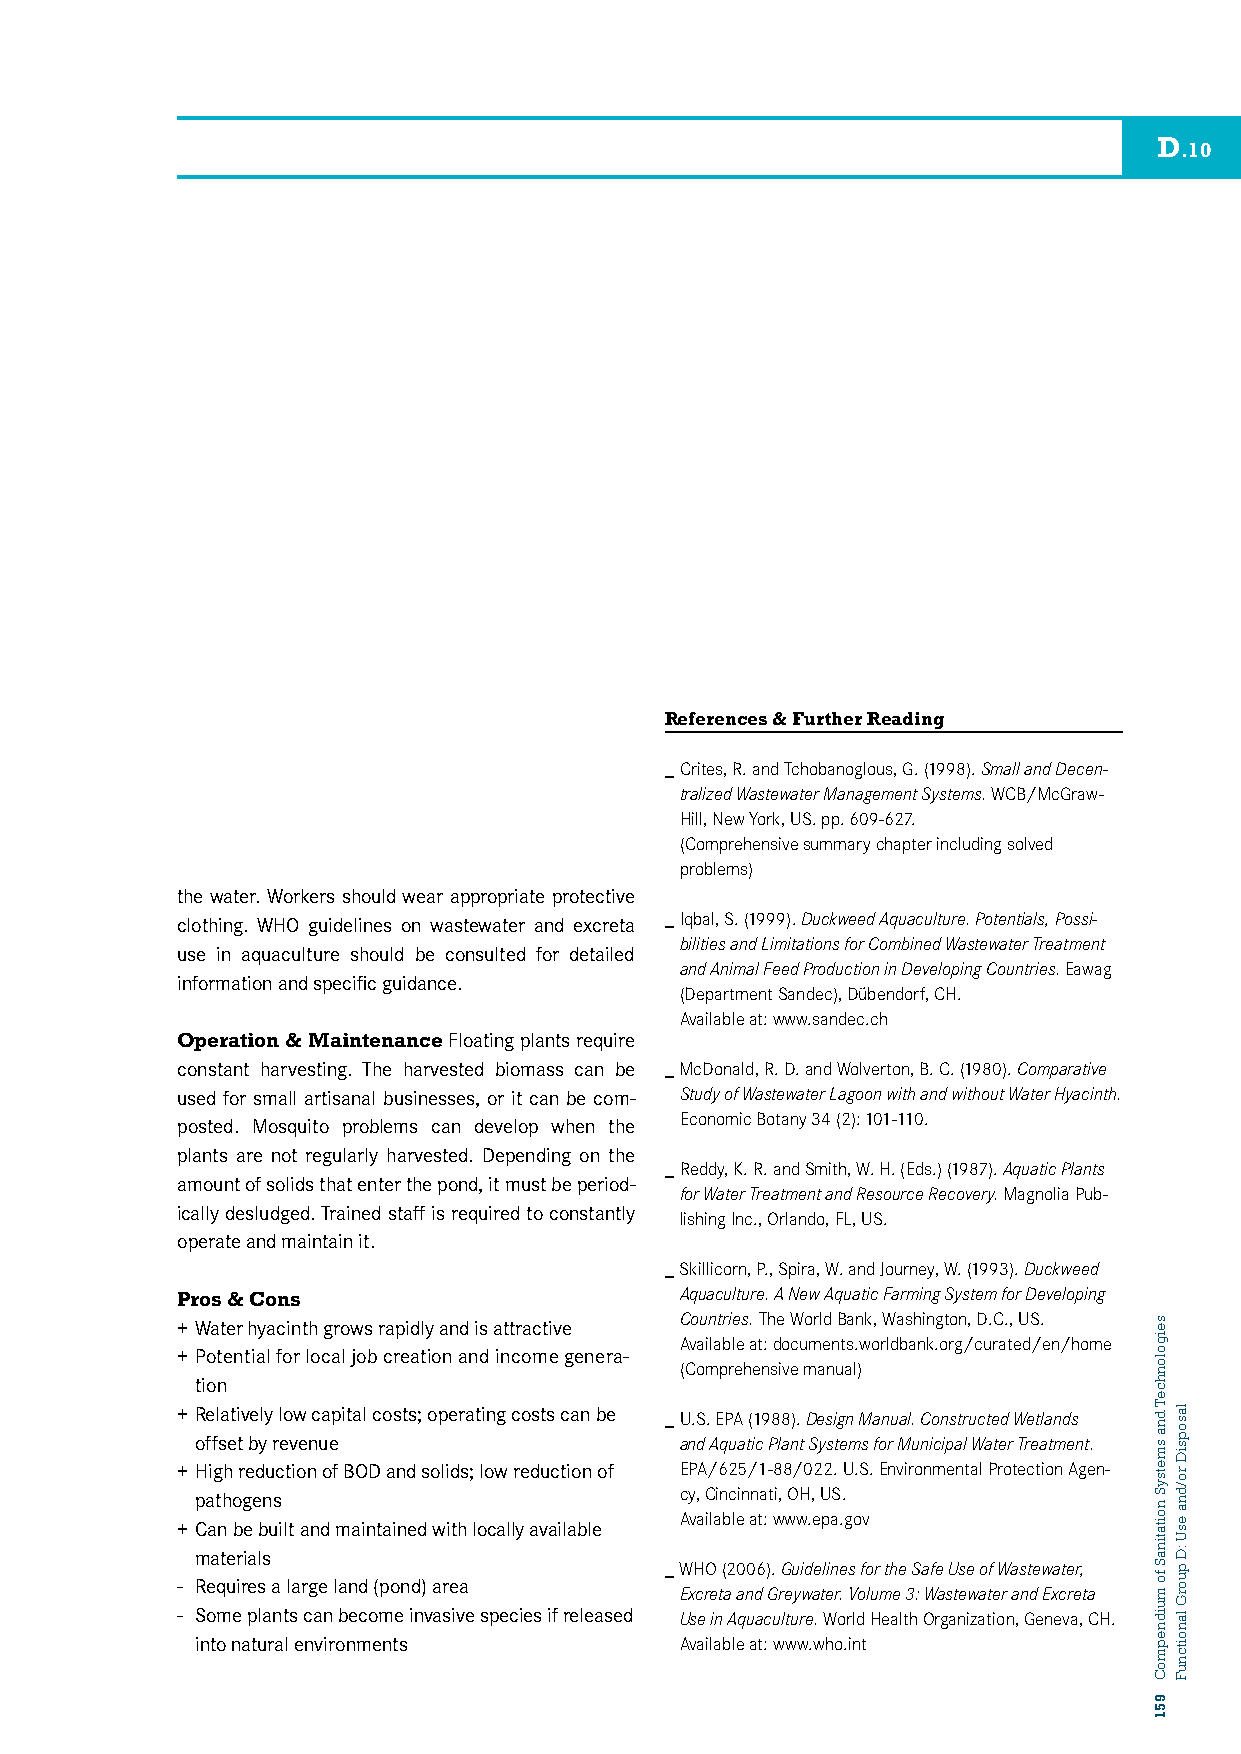
D
 .10
 References & Further Reading
 _ Crites, R. and Tchobanoglous, G. (1998). Small and Decen-
 tralized Wastewater Management Systems. WCB/McGraw-
 Hill, New York, US. pp. 609-627.
 (Comprehensive summary chapter including solved
 problems)
 the water. Workers should wear appropriate protective
 clothing. WHO guidelines on wastewater and excreta _ Iqbal, S. (1999). Duckweed Aquaculture. Potentials, Possi-
 bilities and Limitations for Combined Wastewater Treatment
 use in aquaculture should be consulted for detailed
 and Animal Feed Production in Developing Countries. Eawag
 information and specific guidance.
 (Department Sandec), Dübendorf, CH.
 Available at: www.sandec.ch
 Operation & Maintenance Floating plants require
 constant harvesting. The harvested biomass can be _ McDonald, R. D. and Wolverton, B. C. (1980). Comparative
 used for small artisanal businesses, or it can be com- Study of Wastewater Lagoon with and without Water Hyacinth.
 Economic Botany 34 (2): 101-110.
 posted. Mosquito problems can develop when the
 plants are not regularly harvested. Depending on the
 _ Reddy, K. R. and Smith, W. H. (Eds.) (1987). Aquatic Plants
 amount of solids that enter the pond, it must be period-
 for Water Treatment and Resource Recovery. Magnolia Pub-
 ically desludged. Trained staff is required to constantly
 lishing Inc., Orlando, FL, US.
 operate and maintain it.
 _ Skillicorn, P., Spira, W. and Journey, W. (1993). Duckweed
 Pros & Cons                      Aquaculture. A New Aquatic Farming System for Developing
 Countries. The World Bank, Washington, D.C., US. + Water hyacinth grows rapidly and is attractive
 Available at: documents.worldbank.org/curated/en/home
 + Potential for local job creation and income genera-
 (Comprehensive manual)
 tion
 + Relatively low capital costs; operating costs can be _ U.S. EPA (1988). Design Manual. Constructed Wetlands
 offset by revenue               and Aquatic Plant Systems for Municipal Water Treatment.
 + High reduction of BOD and solids; low reduction of EPA/625/1-88/022. U.S. Environmental Protection Agen-
 pathogens                       cy, Cincinnati, OH, US.
 Available at: www.epa.gov + Can be built and maintained with locally available
 materials
 _ WHO (2006). Guidelines for the Safe Use of Wastewater,
 - Requires a large land (pond) area
 Excreta and Greywater. Volume 3: Wastewater and Excreta
 - Some plants can become invasive species if released Use in Aquaculture. World Health Organization, Geneva, CH.
 into natural environments       Available at: www.who.int
 seigolonhceT
 dna
 smetsyS
 noitatinaS
 fo
 muidnepmoC
 951
 lasopsiD
 ro/dna
 esU
 :D
 puorG
 lanoitcnuF